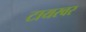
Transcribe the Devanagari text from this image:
टायरवर